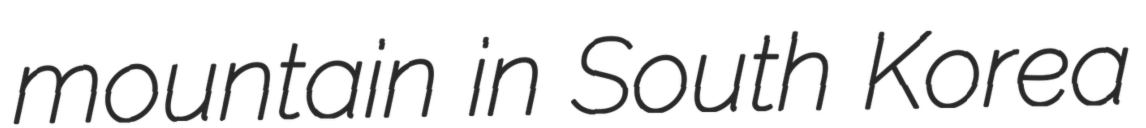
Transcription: mountain in South Korea